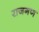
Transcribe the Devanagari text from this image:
राजगण